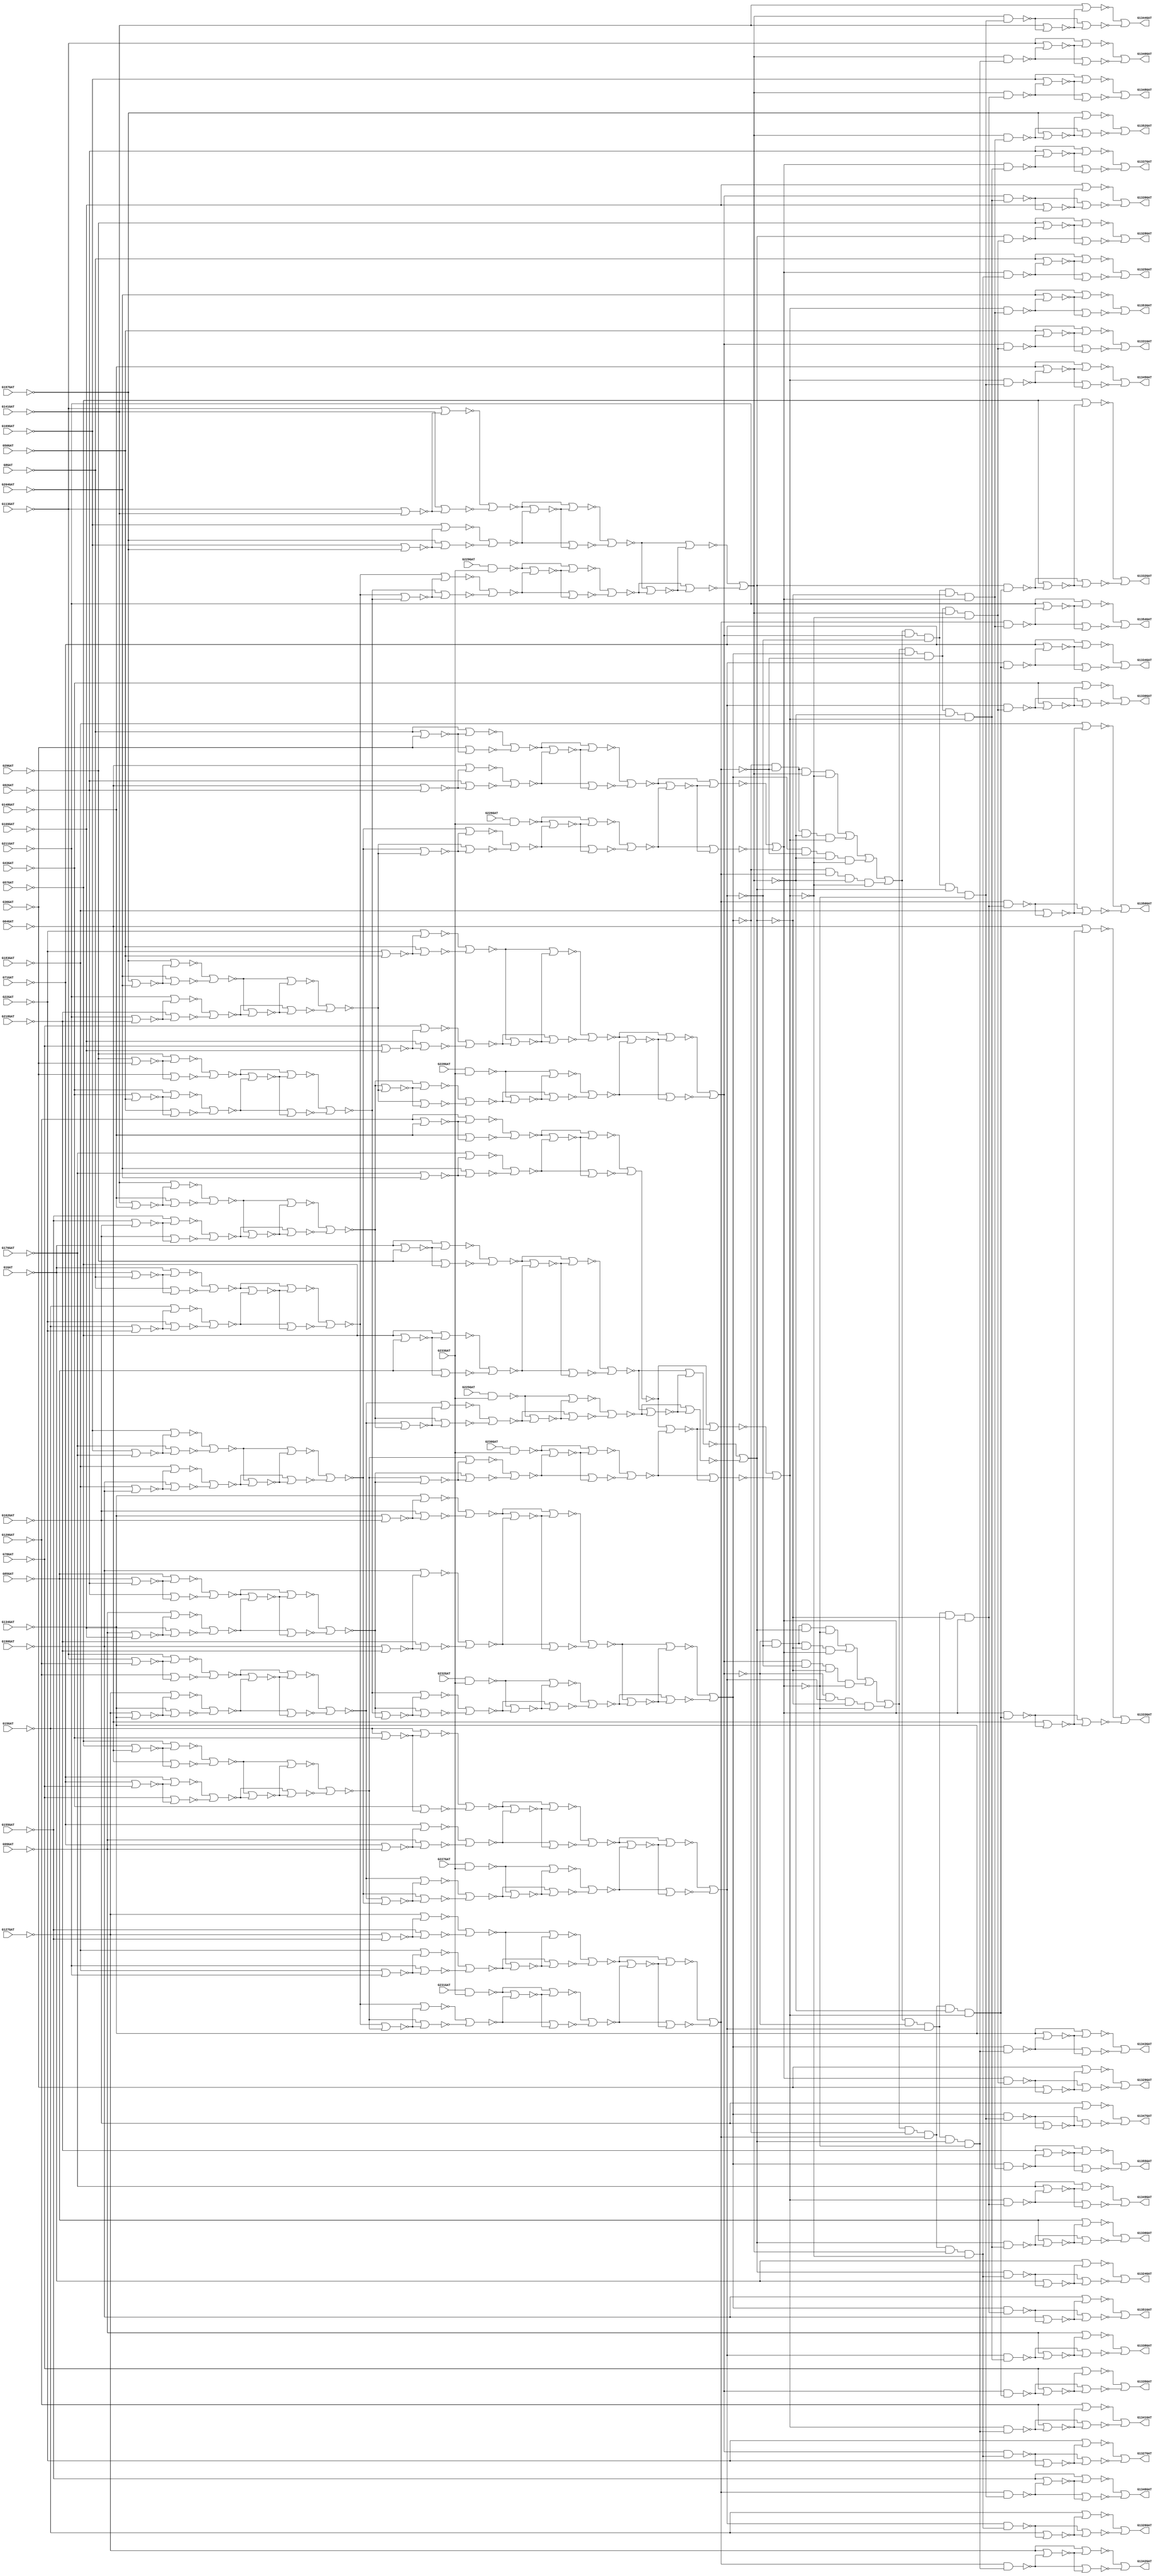
// Benchmark "c1355" written by ABC on Thu Mar  5 01:05:54 2020

module c1355 ( 
    G1GAT, G8GAT, G15GAT, G22GAT, G29GAT, G36GAT, G43GAT, G50GAT, G57GAT,
    G64GAT, G71GAT, G78GAT, G85GAT, G92GAT, G99GAT, G106GAT, G113GAT,
    G120GAT, G127GAT, G134GAT, G141GAT, G148GAT, G155GAT, G162GAT, G169GAT,
    G176GAT, G183GAT, G190GAT, G197GAT, G204GAT, G211GAT, G218GAT, G225GAT,
    G226GAT, G227GAT, G228GAT, G229GAT, G230GAT, G231GAT, G232GAT, G233GAT,
    G1324GAT, G1325GAT, G1326GAT, G1327GAT, G1328GAT, G1329GAT, G1330GAT,
    G1331GAT, G1332GAT, G1333GAT, G1334GAT, G1335GAT, G1336GAT, G1337GAT,
    G1338GAT, G1339GAT, G1340GAT, G1341GAT, G1342GAT, G1343GAT, G1344GAT,
    G1345GAT, G1346GAT, G1347GAT, G1348GAT, G1349GAT, G1350GAT, G1351GAT,
    G1352GAT, G1353GAT, G1354GAT, G1355GAT  );
  input  G1GAT, G8GAT, G15GAT, G22GAT, G29GAT, G36GAT, G43GAT, G50GAT,
    G57GAT, G64GAT, G71GAT, G78GAT, G85GAT, G92GAT, G99GAT, G106GAT,
    G113GAT, G120GAT, G127GAT, G134GAT, G141GAT, G148GAT, G155GAT, G162GAT,
    G169GAT, G176GAT, G183GAT, G190GAT, G197GAT, G204GAT, G211GAT, G218GAT,
    G225GAT, G226GAT, G227GAT, G228GAT, G229GAT, G230GAT, G231GAT, G232GAT,
    G233GAT;
  output G1324GAT, G1325GAT, G1326GAT, G1327GAT, G1328GAT, G1329GAT, G1330GAT,
    G1331GAT, G1332GAT, G1333GAT, G1334GAT, G1335GAT, G1336GAT, G1337GAT,
    G1338GAT, G1339GAT, G1340GAT, G1341GAT, G1342GAT, G1343GAT, G1344GAT,
    G1345GAT, G1346GAT, G1347GAT, G1348GAT, G1349GAT, G1350GAT, G1351GAT,
    G1352GAT, G1353GAT, G1354GAT, G1355GAT;
  wire G242GAT, G245GAT, G248GAT, G251GAT, G254GAT, G257GAT, G260GAT,
    G263GAT, G266GAT, G269GAT, G272GAT, G275GAT, G278GAT, G281GAT, G284GAT,
    G287GAT, G290GAT, G293GAT, G296GAT, G299GAT, G302GAT, G305GAT, G308GAT,
    G311GAT, G314GAT, G317GAT, G320GAT, G323GAT, G326GAT, G329GAT, G332GAT,
    G335GAT, G338GAT, G341GAT, G344GAT, G347GAT, G350GAT, G353GAT, G356GAT,
    G359GAT, G362GAT, G363GAT, G364GAT, G365GAT, G366GAT, G367GAT, G368GAT,
    G369GAT, G370GAT, G371GAT, G372GAT, G373GAT, G374GAT, G375GAT, G376GAT,
    G377GAT, G378GAT, G379GAT, G380GAT, G381GAT, G382GAT, G383GAT, G384GAT,
    G385GAT, G386GAT, G387GAT, G388GAT, G389GAT, G390GAT, G391GAT, G392GAT,
    G393GAT, G394GAT, G395GAT, G396GAT, G397GAT, G398GAT, G399GAT, G400GAT,
    G401GAT, G402GAT, G403GAT, G404GAT, G405GAT, G406GAT, G407GAT, G408GAT,
    G409GAT, G410GAT, G411GAT, G412GAT, G413GAT, G414GAT, G415GAT, G416GAT,
    G417GAT, G418GAT, G419GAT, G420GAT, G421GAT, G422GAT, G423GAT, G424GAT,
    G425GAT, G426GAT, G429GAT, G432GAT, G435GAT, G438GAT, G441GAT, G444GAT,
    G447GAT, G450GAT, G453GAT, G456GAT, G459GAT, G462GAT, G465GAT, G468GAT,
    G471GAT, G474GAT, G477GAT, G480GAT, G483GAT, G486GAT, G489GAT, G492GAT,
    G495GAT, G498GAT, G501GAT, G504GAT, G507GAT, G510GAT, G513GAT, G516GAT,
    G519GAT, G522GAT, G525GAT, G528GAT, G531GAT, G534GAT, G537GAT, G540GAT,
    G543GAT, G546GAT, G549GAT, G552GAT, G555GAT, G558GAT, G561GAT, G564GAT,
    G567GAT, G570GAT, G571GAT, G572GAT, G573GAT, G574GAT, G575GAT, G576GAT,
    G577GAT, G578GAT, G579GAT, G580GAT, G581GAT, G582GAT, G583GAT, G584GAT,
    G585GAT, G586GAT, G587GAT, G588GAT, G589GAT, G590GAT, G591GAT, G592GAT,
    G593GAT, G594GAT, G595GAT, G596GAT, G597GAT, G598GAT, G599GAT, G600GAT,
    G601GAT, G602GAT, G607GAT, G612GAT, G617GAT, G622GAT, G627GAT, G632GAT,
    G637GAT, G642GAT, G645GAT, G648GAT, G651GAT, G654GAT, G657GAT, G660GAT,
    G663GAT, G666GAT, G669GAT, G672GAT, G675GAT, G678GAT, G681GAT, G684GAT,
    G687GAT, G690GAT, G691GAT, G692GAT, G693GAT, G694GAT, G695GAT, G696GAT,
    G697GAT, G698GAT, G699GAT, G700GAT, G701GAT, G702GAT, G703GAT, G704GAT,
    G705GAT, G706GAT, G709GAT, G712GAT, G715GAT, G718GAT, G721GAT, G724GAT,
    G727GAT, G730GAT, G733GAT, G736GAT, G739GAT, G742GAT, G745GAT, G748GAT,
    G751GAT, G754GAT, G755GAT, G756GAT, G757GAT, G758GAT, G759GAT, G760GAT,
    G761GAT, G762GAT, G763GAT, G764GAT, G765GAT, G766GAT, G767GAT, G768GAT,
    G769GAT, G770GAT, G773GAT, G776GAT, G779GAT, G782GAT, G785GAT, G788GAT,
    G791GAT, G794GAT, G797GAT, G800GAT, G803GAT, G806GAT, G809GAT, G812GAT,
    G815GAT, G818GAT, G819GAT, G820GAT, G821GAT, G822GAT, G823GAT, G824GAT,
    G825GAT, G826GAT, G827GAT, G828GAT, G829GAT, G830GAT, G831GAT, G832GAT,
    G833GAT, G834GAT, G847GAT, G860GAT, G873GAT, G886GAT, G899GAT, G912GAT,
    G925GAT, G938GAT, G939GAT, G940GAT, G941GAT, G942GAT, G943GAT, G944GAT,
    G945GAT, G946GAT, G947GAT, G948GAT, G949GAT, G950GAT, G951GAT, G952GAT,
    G953GAT, G954GAT, G955GAT, G956GAT, G957GAT, G958GAT, G959GAT, G960GAT,
    G961GAT, G962GAT, G963GAT, G964GAT, G965GAT, G966GAT, G967GAT, G968GAT,
    G969GAT, G970GAT, G971GAT, G972GAT, G973GAT, G974GAT, G975GAT, G976GAT,
    G977GAT, G978GAT, G979GAT, G980GAT, G981GAT, G982GAT, G983GAT, G984GAT,
    G985GAT, G986GAT, G991GAT, G996GAT, G1001GAT, G1006GAT, G1011GAT,
    G1016GAT, G1021GAT, G1026GAT, G1031GAT, G1036GAT, G1039GAT, G1042GAT,
    G1045GAT, G1048GAT, G1051GAT, G1054GAT, G1057GAT, G1060GAT, G1063GAT,
    G1066GAT, G1069GAT, G1072GAT, G1075GAT, G1078GAT, G1081GAT, G1084GAT,
    G1087GAT, G1090GAT, G1093GAT, G1096GAT, G1099GAT, G1102GAT, G1105GAT,
    G1108GAT, G1111GAT, G1114GAT, G1117GAT, G1120GAT, G1123GAT, G1126GAT,
    G1129GAT, G1132GAT, G1135GAT, G1138GAT, G1141GAT, G1144GAT, G1147GAT,
    G1150GAT, G1153GAT, G1156GAT, G1159GAT, G1162GAT, G1165GAT, G1168GAT,
    G1171GAT, G1174GAT, G1177GAT, G1180GAT, G1183GAT, G1186GAT, G1189GAT,
    G1192GAT, G1195GAT, G1198GAT, G1201GAT, G1204GAT, G1207GAT, G1210GAT,
    G1213GAT, G1216GAT, G1219GAT, G1222GAT, G1225GAT, G1228GAT, G1229GAT,
    G1230GAT, G1231GAT, G1232GAT, G1233GAT, G1234GAT, G1235GAT, G1236GAT,
    G1237GAT, G1238GAT, G1239GAT, G1240GAT, G1241GAT, G1242GAT, G1243GAT,
    G1244GAT, G1245GAT, G1246GAT, G1247GAT, G1248GAT, G1249GAT, G1250GAT,
    G1251GAT, G1252GAT, G1253GAT, G1254GAT, G1255GAT, G1256GAT, G1257GAT,
    G1258GAT, G1259GAT, G1260GAT, G1261GAT, G1262GAT, G1263GAT, G1264GAT,
    G1265GAT, G1266GAT, G1267GAT, G1268GAT, G1269GAT, G1270GAT, G1271GAT,
    G1272GAT, G1273GAT, G1274GAT, G1275GAT, G1276GAT, G1277GAT, G1278GAT,
    G1279GAT, G1280GAT, G1281GAT, G1282GAT, G1283GAT, G1284GAT, G1285GAT,
    G1286GAT, G1287GAT, G1288GAT, G1289GAT, G1290GAT, G1291GAT, G1292GAT,
    G1293GAT, G1294GAT, G1295GAT, G1296GAT, G1297GAT, G1298GAT, G1299GAT,
    G1300GAT, G1301GAT, G1302GAT, G1303GAT, G1304GAT, G1305GAT, G1306GAT,
    G1307GAT, G1308GAT, G1309GAT, G1310GAT, G1311GAT, G1312GAT, G1313GAT,
    G1314GAT, G1315GAT, G1316GAT, G1317GAT, G1318GAT, G1319GAT, G1320GAT,
    G1321GAT, G1322GAT, G1323GAT;
  assign G242GAT = G225GAT & G233GAT;
  assign G245GAT = G226GAT & G233GAT;
  assign G248GAT = G227GAT & G233GAT;
  assign G251GAT = G228GAT & G233GAT;
  assign G254GAT = G229GAT & G233GAT;
  assign G257GAT = G230GAT & G233GAT;
  assign G260GAT = G231GAT & G233GAT;
  assign G263GAT = G232GAT & G233GAT;
  assign G266GAT = ~G1GAT | ~G8GAT;
  assign G269GAT = ~G15GAT | ~G22GAT;
  assign G272GAT = ~G29GAT | ~G36GAT;
  assign G275GAT = ~G43GAT | ~G50GAT;
  assign G278GAT = ~G57GAT | ~G64GAT;
  assign G281GAT = ~G71GAT | ~G78GAT;
  assign G284GAT = ~G85GAT | ~G92GAT;
  assign G287GAT = ~G99GAT | ~G106GAT;
  assign G290GAT = ~G113GAT | ~G120GAT;
  assign G293GAT = ~G127GAT | ~G134GAT;
  assign G296GAT = ~G141GAT | ~G148GAT;
  assign G299GAT = ~G155GAT | ~G162GAT;
  assign G302GAT = ~G169GAT | ~G176GAT;
  assign G305GAT = ~G183GAT | ~G190GAT;
  assign G308GAT = ~G197GAT | ~G204GAT;
  assign G311GAT = ~G211GAT | ~G218GAT;
  assign G314GAT = ~G1GAT | ~G29GAT;
  assign G317GAT = ~G57GAT | ~G85GAT;
  assign G320GAT = ~G8GAT | ~G36GAT;
  assign G323GAT = ~G64GAT | ~G92GAT;
  assign G326GAT = ~G15GAT | ~G43GAT;
  assign G329GAT = ~G71GAT | ~G99GAT;
  assign G332GAT = ~G22GAT | ~G50GAT;
  assign G335GAT = ~G78GAT | ~G106GAT;
  assign G338GAT = ~G113GAT | ~G141GAT;
  assign G341GAT = ~G169GAT | ~G197GAT;
  assign G344GAT = ~G120GAT | ~G148GAT;
  assign G347GAT = ~G176GAT | ~G204GAT;
  assign G350GAT = ~G127GAT | ~G155GAT;
  assign G353GAT = ~G183GAT | ~G211GAT;
  assign G356GAT = ~G134GAT | ~G162GAT;
  assign G359GAT = ~G190GAT | ~G218GAT;
  assign G362GAT = ~G1GAT | ~G266GAT;
  assign G363GAT = ~G8GAT | ~G266GAT;
  assign G364GAT = ~G15GAT | ~G269GAT;
  assign G365GAT = ~G22GAT | ~G269GAT;
  assign G366GAT = ~G29GAT | ~G272GAT;
  assign G367GAT = ~G36GAT | ~G272GAT;
  assign G368GAT = ~G43GAT | ~G275GAT;
  assign G369GAT = ~G50GAT | ~G275GAT;
  assign G370GAT = ~G57GAT | ~G278GAT;
  assign G371GAT = ~G64GAT | ~G278GAT;
  assign G372GAT = ~G71GAT | ~G281GAT;
  assign G373GAT = ~G78GAT | ~G281GAT;
  assign G374GAT = ~G85GAT | ~G284GAT;
  assign G375GAT = ~G92GAT | ~G284GAT;
  assign G376GAT = ~G99GAT | ~G287GAT;
  assign G377GAT = ~G106GAT | ~G287GAT;
  assign G378GAT = ~G113GAT | ~G290GAT;
  assign G379GAT = ~G120GAT | ~G290GAT;
  assign G380GAT = ~G127GAT | ~G293GAT;
  assign G381GAT = ~G134GAT | ~G293GAT;
  assign G382GAT = ~G141GAT | ~G296GAT;
  assign G383GAT = ~G148GAT | ~G296GAT;
  assign G384GAT = ~G155GAT | ~G299GAT;
  assign G385GAT = ~G162GAT | ~G299GAT;
  assign G386GAT = ~G169GAT | ~G302GAT;
  assign G387GAT = ~G176GAT | ~G302GAT;
  assign G388GAT = ~G183GAT | ~G305GAT;
  assign G389GAT = ~G190GAT | ~G305GAT;
  assign G390GAT = ~G197GAT | ~G308GAT;
  assign G391GAT = ~G204GAT | ~G308GAT;
  assign G392GAT = ~G211GAT | ~G311GAT;
  assign G393GAT = ~G218GAT | ~G311GAT;
  assign G394GAT = ~G1GAT | ~G314GAT;
  assign G395GAT = ~G29GAT | ~G314GAT;
  assign G396GAT = ~G57GAT | ~G317GAT;
  assign G397GAT = ~G85GAT | ~G317GAT;
  assign G398GAT = ~G8GAT | ~G320GAT;
  assign G399GAT = ~G36GAT | ~G320GAT;
  assign G400GAT = ~G64GAT | ~G323GAT;
  assign G401GAT = ~G92GAT | ~G323GAT;
  assign G402GAT = ~G15GAT | ~G326GAT;
  assign G403GAT = ~G43GAT | ~G326GAT;
  assign G404GAT = ~G71GAT | ~G329GAT;
  assign G405GAT = ~G99GAT | ~G329GAT;
  assign G406GAT = ~G22GAT | ~G332GAT;
  assign G407GAT = ~G50GAT | ~G332GAT;
  assign G408GAT = ~G78GAT | ~G335GAT;
  assign G409GAT = ~G106GAT | ~G335GAT;
  assign G410GAT = ~G113GAT | ~G338GAT;
  assign G411GAT = ~G141GAT | ~G338GAT;
  assign G412GAT = ~G169GAT | ~G341GAT;
  assign G413GAT = ~G197GAT | ~G341GAT;
  assign G414GAT = ~G120GAT | ~G344GAT;
  assign G415GAT = ~G148GAT | ~G344GAT;
  assign G416GAT = ~G176GAT | ~G347GAT;
  assign G417GAT = ~G204GAT | ~G347GAT;
  assign G418GAT = ~G127GAT | ~G350GAT;
  assign G419GAT = ~G155GAT | ~G350GAT;
  assign G420GAT = ~G183GAT | ~G353GAT;
  assign G421GAT = ~G211GAT | ~G353GAT;
  assign G422GAT = ~G134GAT | ~G356GAT;
  assign G423GAT = ~G162GAT | ~G356GAT;
  assign G424GAT = ~G190GAT | ~G359GAT;
  assign G425GAT = ~G218GAT | ~G359GAT;
  assign G426GAT = ~G362GAT | ~G363GAT;
  assign G429GAT = ~G364GAT | ~G365GAT;
  assign G432GAT = ~G366GAT | ~G367GAT;
  assign G435GAT = ~G368GAT | ~G369GAT;
  assign G438GAT = ~G370GAT | ~G371GAT;
  assign G441GAT = ~G372GAT | ~G373GAT;
  assign G444GAT = ~G374GAT | ~G375GAT;
  assign G447GAT = ~G376GAT | ~G377GAT;
  assign G450GAT = ~G378GAT | ~G379GAT;
  assign G453GAT = ~G380GAT | ~G381GAT;
  assign G456GAT = ~G382GAT | ~G383GAT;
  assign G459GAT = ~G384GAT | ~G385GAT;
  assign G462GAT = ~G386GAT | ~G387GAT;
  assign G465GAT = ~G388GAT | ~G389GAT;
  assign G468GAT = ~G390GAT | ~G391GAT;
  assign G471GAT = ~G392GAT | ~G393GAT;
  assign G474GAT = ~G394GAT | ~G395GAT;
  assign G477GAT = ~G396GAT | ~G397GAT;
  assign G480GAT = ~G398GAT | ~G399GAT;
  assign G483GAT = ~G400GAT | ~G401GAT;
  assign G486GAT = ~G402GAT | ~G403GAT;
  assign G489GAT = ~G404GAT | ~G405GAT;
  assign G492GAT = ~G406GAT | ~G407GAT;
  assign G495GAT = ~G408GAT | ~G409GAT;
  assign G498GAT = ~G410GAT | ~G411GAT;
  assign G501GAT = ~G412GAT | ~G413GAT;
  assign G504GAT = ~G414GAT | ~G415GAT;
  assign G507GAT = ~G416GAT | ~G417GAT;
  assign G510GAT = ~G418GAT | ~G419GAT;
  assign G513GAT = ~G420GAT | ~G421GAT;
  assign G516GAT = ~G422GAT | ~G423GAT;
  assign G519GAT = ~G424GAT | ~G425GAT;
  assign G522GAT = ~G426GAT | ~G429GAT;
  assign G525GAT = ~G432GAT | ~G435GAT;
  assign G528GAT = ~G438GAT | ~G441GAT;
  assign G531GAT = ~G444GAT | ~G447GAT;
  assign G534GAT = ~G450GAT | ~G453GAT;
  assign G537GAT = ~G456GAT | ~G459GAT;
  assign G540GAT = ~G462GAT | ~G465GAT;
  assign G543GAT = ~G468GAT | ~G471GAT;
  assign G546GAT = ~G474GAT | ~G477GAT;
  assign G549GAT = ~G480GAT | ~G483GAT;
  assign G552GAT = ~G486GAT | ~G489GAT;
  assign G555GAT = ~G492GAT | ~G495GAT;
  assign G558GAT = ~G498GAT | ~G501GAT;
  assign G561GAT = ~G504GAT | ~G507GAT;
  assign G564GAT = ~G510GAT | ~G513GAT;
  assign G567GAT = ~G516GAT | ~G519GAT;
  assign G570GAT = ~G426GAT | ~G522GAT;
  assign G571GAT = ~G429GAT | ~G522GAT;
  assign G572GAT = ~G432GAT | ~G525GAT;
  assign G573GAT = ~G435GAT | ~G525GAT;
  assign G574GAT = ~G438GAT | ~G528GAT;
  assign G575GAT = ~G441GAT | ~G528GAT;
  assign G576GAT = ~G444GAT | ~G531GAT;
  assign G577GAT = ~G447GAT | ~G531GAT;
  assign G578GAT = ~G450GAT | ~G534GAT;
  assign G579GAT = ~G453GAT | ~G534GAT;
  assign G580GAT = ~G456GAT | ~G537GAT;
  assign G581GAT = ~G459GAT | ~G537GAT;
  assign G582GAT = ~G462GAT | ~G540GAT;
  assign G583GAT = ~G465GAT | ~G540GAT;
  assign G584GAT = ~G468GAT | ~G543GAT;
  assign G585GAT = ~G471GAT | ~G543GAT;
  assign G586GAT = ~G474GAT | ~G546GAT;
  assign G587GAT = ~G477GAT | ~G546GAT;
  assign G588GAT = ~G480GAT | ~G549GAT;
  assign G589GAT = ~G483GAT | ~G549GAT;
  assign G590GAT = ~G486GAT | ~G552GAT;
  assign G591GAT = ~G489GAT | ~G552GAT;
  assign G592GAT = ~G492GAT | ~G555GAT;
  assign G593GAT = ~G495GAT | ~G555GAT;
  assign G594GAT = ~G498GAT | ~G558GAT;
  assign G595GAT = ~G501GAT | ~G558GAT;
  assign G596GAT = ~G504GAT | ~G561GAT;
  assign G597GAT = ~G507GAT | ~G561GAT;
  assign G598GAT = ~G510GAT | ~G564GAT;
  assign G599GAT = ~G513GAT | ~G564GAT;
  assign G600GAT = ~G516GAT | ~G567GAT;
  assign G601GAT = ~G519GAT | ~G567GAT;
  assign G602GAT = ~G570GAT | ~G571GAT;
  assign G607GAT = ~G572GAT | ~G573GAT;
  assign G612GAT = ~G574GAT | ~G575GAT;
  assign G617GAT = ~G576GAT | ~G577GAT;
  assign G622GAT = ~G578GAT | ~G579GAT;
  assign G627GAT = ~G580GAT | ~G581GAT;
  assign G632GAT = ~G582GAT | ~G583GAT;
  assign G637GAT = ~G584GAT | ~G585GAT;
  assign G642GAT = ~G586GAT | ~G587GAT;
  assign G645GAT = ~G588GAT | ~G589GAT;
  assign G648GAT = ~G590GAT | ~G591GAT;
  assign G651GAT = ~G592GAT | ~G593GAT;
  assign G654GAT = ~G594GAT | ~G595GAT;
  assign G657GAT = ~G596GAT | ~G597GAT;
  assign G660GAT = ~G598GAT | ~G599GAT;
  assign G663GAT = ~G600GAT | ~G601GAT;
  assign G666GAT = ~G602GAT | ~G607GAT;
  assign G669GAT = ~G612GAT | ~G617GAT;
  assign G672GAT = ~G602GAT | ~G612GAT;
  assign G675GAT = ~G607GAT | ~G617GAT;
  assign G678GAT = ~G622GAT | ~G627GAT;
  assign G681GAT = ~G632GAT | ~G637GAT;
  assign G684GAT = ~G622GAT | ~G632GAT;
  assign G687GAT = ~G627GAT | ~G637GAT;
  assign G690GAT = ~G602GAT | ~G666GAT;
  assign G691GAT = ~G607GAT | ~G666GAT;
  assign G692GAT = ~G612GAT | ~G669GAT;
  assign G693GAT = ~G617GAT | ~G669GAT;
  assign G694GAT = ~G602GAT | ~G672GAT;
  assign G695GAT = ~G612GAT | ~G672GAT;
  assign G696GAT = ~G607GAT | ~G675GAT;
  assign G697GAT = ~G617GAT | ~G675GAT;
  assign G698GAT = ~G622GAT | ~G678GAT;
  assign G699GAT = ~G627GAT | ~G678GAT;
  assign G700GAT = ~G632GAT | ~G681GAT;
  assign G701GAT = ~G637GAT | ~G681GAT;
  assign G702GAT = ~G622GAT | ~G684GAT;
  assign G703GAT = ~G632GAT | ~G684GAT;
  assign G704GAT = ~G627GAT | ~G687GAT;
  assign G705GAT = ~G637GAT | ~G687GAT;
  assign G706GAT = ~G690GAT | ~G691GAT;
  assign G709GAT = ~G692GAT | ~G693GAT;
  assign G712GAT = ~G694GAT | ~G695GAT;
  assign G715GAT = ~G696GAT | ~G697GAT;
  assign G718GAT = ~G698GAT | ~G699GAT;
  assign G721GAT = ~G700GAT | ~G701GAT;
  assign G724GAT = ~G702GAT | ~G703GAT;
  assign G727GAT = ~G704GAT | ~G705GAT;
  assign G730GAT = ~G242GAT | ~G718GAT;
  assign G733GAT = ~G245GAT | ~G721GAT;
  assign G736GAT = ~G248GAT | ~G724GAT;
  assign G739GAT = ~G251GAT | ~G727GAT;
  assign G742GAT = ~G254GAT | ~G706GAT;
  assign G745GAT = ~G257GAT | ~G709GAT;
  assign G748GAT = ~G260GAT | ~G712GAT;
  assign G751GAT = ~G263GAT | ~G715GAT;
  assign G754GAT = ~G242GAT | ~G730GAT;
  assign G755GAT = ~G718GAT | ~G730GAT;
  assign G756GAT = ~G245GAT | ~G733GAT;
  assign G757GAT = ~G721GAT | ~G733GAT;
  assign G758GAT = ~G248GAT | ~G736GAT;
  assign G759GAT = ~G724GAT | ~G736GAT;
  assign G760GAT = ~G251GAT | ~G739GAT;
  assign G761GAT = ~G727GAT | ~G739GAT;
  assign G762GAT = ~G254GAT | ~G742GAT;
  assign G763GAT = ~G706GAT | ~G742GAT;
  assign G764GAT = ~G257GAT | ~G745GAT;
  assign G765GAT = ~G709GAT | ~G745GAT;
  assign G766GAT = ~G260GAT | ~G748GAT;
  assign G767GAT = ~G712GAT | ~G748GAT;
  assign G768GAT = ~G263GAT | ~G751GAT;
  assign G769GAT = ~G715GAT | ~G751GAT;
  assign G770GAT = ~G754GAT | ~G755GAT;
  assign G773GAT = ~G756GAT | ~G757GAT;
  assign G776GAT = ~G758GAT | ~G759GAT;
  assign G779GAT = ~G760GAT | ~G761GAT;
  assign G782GAT = ~G762GAT | ~G763GAT;
  assign G785GAT = ~G764GAT | ~G765GAT;
  assign G788GAT = ~G766GAT | ~G767GAT;
  assign G791GAT = ~G768GAT | ~G769GAT;
  assign G794GAT = ~G642GAT | ~G770GAT;
  assign G797GAT = ~G645GAT | ~G773GAT;
  assign G800GAT = ~G648GAT | ~G776GAT;
  assign G803GAT = ~G651GAT | ~G779GAT;
  assign G806GAT = ~G654GAT | ~G782GAT;
  assign G809GAT = ~G657GAT | ~G785GAT;
  assign G812GAT = ~G660GAT | ~G788GAT;
  assign G815GAT = ~G663GAT | ~G791GAT;
  assign G818GAT = ~G642GAT | ~G794GAT;
  assign G819GAT = ~G770GAT | ~G794GAT;
  assign G820GAT = ~G645GAT | ~G797GAT;
  assign G821GAT = ~G773GAT | ~G797GAT;
  assign G822GAT = ~G648GAT | ~G800GAT;
  assign G823GAT = ~G776GAT | ~G800GAT;
  assign G824GAT = ~G651GAT | ~G803GAT;
  assign G825GAT = ~G779GAT | ~G803GAT;
  assign G826GAT = ~G654GAT | ~G806GAT;
  assign G827GAT = ~G782GAT | ~G806GAT;
  assign G828GAT = ~G657GAT | ~G809GAT;
  assign G829GAT = ~G785GAT | ~G809GAT;
  assign G830GAT = ~G660GAT | ~G812GAT;
  assign G831GAT = ~G788GAT | ~G812GAT;
  assign G832GAT = ~G663GAT | ~G815GAT;
  assign G833GAT = ~G791GAT | ~G815GAT;
  assign G834GAT = ~G818GAT | ~G819GAT;
  assign G847GAT = ~G820GAT | ~G821GAT;
  assign G860GAT = ~G822GAT | ~G823GAT;
  assign G873GAT = ~G824GAT | ~G825GAT;
  assign G886GAT = ~G828GAT | ~G829GAT;
  assign G899GAT = ~G832GAT | ~G833GAT;
  assign G912GAT = ~G830GAT | ~G831GAT;
  assign G925GAT = ~G826GAT | ~G827GAT;
  assign G938GAT = ~G834GAT;
  assign G939GAT = ~G847GAT;
  assign G940GAT = ~G860GAT;
  assign G941GAT = ~G834GAT;
  assign G942GAT = ~G847GAT;
  assign G943GAT = ~G873GAT;
  assign G944GAT = ~G834GAT;
  assign G945GAT = ~G860GAT;
  assign G946GAT = ~G873GAT;
  assign G947GAT = ~G847GAT;
  assign G948GAT = ~G860GAT;
  assign G949GAT = ~G873GAT;
  assign G950GAT = ~G886GAT;
  assign G951GAT = ~G899GAT;
  assign G952GAT = ~G886GAT;
  assign G953GAT = ~G912GAT;
  assign G954GAT = ~G925GAT;
  assign G955GAT = ~G899GAT;
  assign G956GAT = ~G925GAT;
  assign G957GAT = ~G912GAT;
  assign G958GAT = ~G925GAT;
  assign G959GAT = ~G886GAT;
  assign G960GAT = ~G912GAT;
  assign G961GAT = ~G925GAT;
  assign G962GAT = ~G886GAT;
  assign G963GAT = ~G899GAT;
  assign G964GAT = ~G925GAT;
  assign G965GAT = ~G912GAT;
  assign G966GAT = ~G899GAT;
  assign G967GAT = ~G886GAT;
  assign G968GAT = ~G912GAT;
  assign G969GAT = ~G899GAT;
  assign G970GAT = ~G847GAT;
  assign G971GAT = ~G873GAT;
  assign G972GAT = ~G847GAT;
  assign G973GAT = ~G860GAT;
  assign G974GAT = ~G834GAT;
  assign G975GAT = ~G873GAT;
  assign G976GAT = ~G834GAT;
  assign G977GAT = ~G860GAT;
  assign G978GAT = G873GAT & G940GAT & G938GAT & G939GAT;
  assign G979GAT = G943GAT & G860GAT & G941GAT & G942GAT;
  assign G980GAT = G946GAT & G945GAT & G944GAT & G847GAT;
  assign G981GAT = G949GAT & G948GAT & G834GAT & G947GAT;
  assign G982GAT = G899GAT & G960GAT & G958GAT & G959GAT;
  assign G983GAT = G963GAT & G912GAT & G961GAT & G962GAT;
  assign G984GAT = G966GAT & G965GAT & G964GAT & G886GAT;
  assign G985GAT = G969GAT & G968GAT & G925GAT & G967GAT;
  assign G986GAT = G981GAT | G980GAT | G978GAT | G979GAT;
  assign G991GAT = G985GAT | G984GAT | G982GAT | G983GAT;
  assign G996GAT = G986GAT & G951GAT & G912GAT & G925GAT & G950GAT;
  assign G1001GAT = G986GAT & G899GAT & G953GAT & G925GAT & G952GAT;
  assign G1006GAT = G986GAT & G955GAT & G912GAT & G954GAT & G886GAT;
  assign G1011GAT = G986GAT & G899GAT & G957GAT & G956GAT & G886GAT;
  assign G1016GAT = G991GAT & G971GAT & G860GAT & G834GAT & G970GAT;
  assign G1021GAT = G991GAT & G873GAT & G973GAT & G834GAT & G972GAT;
  assign G1026GAT = G991GAT & G975GAT & G860GAT & G974GAT & G847GAT;
  assign G1031GAT = G991GAT & G873GAT & G977GAT & G976GAT & G847GAT;
  assign G1036GAT = G834GAT & G996GAT;
  assign G1039GAT = G847GAT & G996GAT;
  assign G1042GAT = G860GAT & G996GAT;
  assign G1045GAT = G873GAT & G996GAT;
  assign G1048GAT = G834GAT & G1001GAT;
  assign G1051GAT = G847GAT & G1001GAT;
  assign G1054GAT = G860GAT & G1001GAT;
  assign G1057GAT = G873GAT & G1001GAT;
  assign G1060GAT = G834GAT & G1006GAT;
  assign G1063GAT = G847GAT & G1006GAT;
  assign G1066GAT = G860GAT & G1006GAT;
  assign G1069GAT = G873GAT & G1006GAT;
  assign G1072GAT = G834GAT & G1011GAT;
  assign G1075GAT = G847GAT & G1011GAT;
  assign G1078GAT = G860GAT & G1011GAT;
  assign G1081GAT = G873GAT & G1011GAT;
  assign G1084GAT = G925GAT & G1016GAT;
  assign G1087GAT = G886GAT & G1016GAT;
  assign G1090GAT = G912GAT & G1016GAT;
  assign G1093GAT = G899GAT & G1016GAT;
  assign G1096GAT = G925GAT & G1021GAT;
  assign G1099GAT = G886GAT & G1021GAT;
  assign G1102GAT = G912GAT & G1021GAT;
  assign G1105GAT = G899GAT & G1021GAT;
  assign G1108GAT = G925GAT & G1026GAT;
  assign G1111GAT = G886GAT & G1026GAT;
  assign G1114GAT = G912GAT & G1026GAT;
  assign G1117GAT = G899GAT & G1026GAT;
  assign G1120GAT = G925GAT & G1031GAT;
  assign G1123GAT = G886GAT & G1031GAT;
  assign G1126GAT = G912GAT & G1031GAT;
  assign G1129GAT = G899GAT & G1031GAT;
  assign G1132GAT = ~G1GAT | ~G1036GAT;
  assign G1135GAT = ~G8GAT | ~G1039GAT;
  assign G1138GAT = ~G15GAT | ~G1042GAT;
  assign G1141GAT = ~G22GAT | ~G1045GAT;
  assign G1144GAT = ~G29GAT | ~G1048GAT;
  assign G1147GAT = ~G36GAT | ~G1051GAT;
  assign G1150GAT = ~G43GAT | ~G1054GAT;
  assign G1153GAT = ~G50GAT | ~G1057GAT;
  assign G1156GAT = ~G57GAT | ~G1060GAT;
  assign G1159GAT = ~G64GAT | ~G1063GAT;
  assign G1162GAT = ~G71GAT | ~G1066GAT;
  assign G1165GAT = ~G78GAT | ~G1069GAT;
  assign G1168GAT = ~G85GAT | ~G1072GAT;
  assign G1171GAT = ~G92GAT | ~G1075GAT;
  assign G1174GAT = ~G99GAT | ~G1078GAT;
  assign G1177GAT = ~G106GAT | ~G1081GAT;
  assign G1180GAT = ~G113GAT | ~G1084GAT;
  assign G1183GAT = ~G120GAT | ~G1087GAT;
  assign G1186GAT = ~G127GAT | ~G1090GAT;
  assign G1189GAT = ~G134GAT | ~G1093GAT;
  assign G1192GAT = ~G141GAT | ~G1096GAT;
  assign G1195GAT = ~G148GAT | ~G1099GAT;
  assign G1198GAT = ~G155GAT | ~G1102GAT;
  assign G1201GAT = ~G162GAT | ~G1105GAT;
  assign G1204GAT = ~G169GAT | ~G1108GAT;
  assign G1207GAT = ~G176GAT | ~G1111GAT;
  assign G1210GAT = ~G183GAT | ~G1114GAT;
  assign G1213GAT = ~G190GAT | ~G1117GAT;
  assign G1216GAT = ~G197GAT | ~G1120GAT;
  assign G1219GAT = ~G204GAT | ~G1123GAT;
  assign G1222GAT = ~G211GAT | ~G1126GAT;
  assign G1225GAT = ~G218GAT | ~G1129GAT;
  assign G1228GAT = ~G1GAT | ~G1132GAT;
  assign G1229GAT = ~G1036GAT | ~G1132GAT;
  assign G1230GAT = ~G8GAT | ~G1135GAT;
  assign G1231GAT = ~G1039GAT | ~G1135GAT;
  assign G1232GAT = ~G15GAT | ~G1138GAT;
  assign G1233GAT = ~G1042GAT | ~G1138GAT;
  assign G1234GAT = ~G22GAT | ~G1141GAT;
  assign G1235GAT = ~G1045GAT | ~G1141GAT;
  assign G1236GAT = ~G29GAT | ~G1144GAT;
  assign G1237GAT = ~G1048GAT | ~G1144GAT;
  assign G1238GAT = ~G36GAT | ~G1147GAT;
  assign G1239GAT = ~G1051GAT | ~G1147GAT;
  assign G1240GAT = ~G43GAT | ~G1150GAT;
  assign G1241GAT = ~G1054GAT | ~G1150GAT;
  assign G1242GAT = ~G50GAT | ~G1153GAT;
  assign G1243GAT = ~G1057GAT | ~G1153GAT;
  assign G1244GAT = ~G57GAT | ~G1156GAT;
  assign G1245GAT = ~G1060GAT | ~G1156GAT;
  assign G1246GAT = ~G64GAT | ~G1159GAT;
  assign G1247GAT = ~G1063GAT | ~G1159GAT;
  assign G1248GAT = ~G71GAT | ~G1162GAT;
  assign G1249GAT = ~G1066GAT | ~G1162GAT;
  assign G1250GAT = ~G78GAT | ~G1165GAT;
  assign G1251GAT = ~G1069GAT | ~G1165GAT;
  assign G1252GAT = ~G85GAT | ~G1168GAT;
  assign G1253GAT = ~G1072GAT | ~G1168GAT;
  assign G1254GAT = ~G92GAT | ~G1171GAT;
  assign G1255GAT = ~G1075GAT | ~G1171GAT;
  assign G1256GAT = ~G99GAT | ~G1174GAT;
  assign G1257GAT = ~G1078GAT | ~G1174GAT;
  assign G1258GAT = ~G106GAT | ~G1177GAT;
  assign G1259GAT = ~G1081GAT | ~G1177GAT;
  assign G1260GAT = ~G113GAT | ~G1180GAT;
  assign G1261GAT = ~G1084GAT | ~G1180GAT;
  assign G1262GAT = ~G120GAT | ~G1183GAT;
  assign G1263GAT = ~G1087GAT | ~G1183GAT;
  assign G1264GAT = ~G127GAT | ~G1186GAT;
  assign G1265GAT = ~G1090GAT | ~G1186GAT;
  assign G1266GAT = ~G134GAT | ~G1189GAT;
  assign G1267GAT = ~G1093GAT | ~G1189GAT;
  assign G1268GAT = ~G141GAT | ~G1192GAT;
  assign G1269GAT = ~G1096GAT | ~G1192GAT;
  assign G1270GAT = ~G148GAT | ~G1195GAT;
  assign G1271GAT = ~G1099GAT | ~G1195GAT;
  assign G1272GAT = ~G155GAT | ~G1198GAT;
  assign G1273GAT = ~G1102GAT | ~G1198GAT;
  assign G1274GAT = ~G162GAT | ~G1201GAT;
  assign G1275GAT = ~G1105GAT | ~G1201GAT;
  assign G1276GAT = ~G169GAT | ~G1204GAT;
  assign G1277GAT = ~G1108GAT | ~G1204GAT;
  assign G1278GAT = ~G176GAT | ~G1207GAT;
  assign G1279GAT = ~G1111GAT | ~G1207GAT;
  assign G1280GAT = ~G183GAT | ~G1210GAT;
  assign G1281GAT = ~G1114GAT | ~G1210GAT;
  assign G1282GAT = ~G190GAT | ~G1213GAT;
  assign G1283GAT = ~G1117GAT | ~G1213GAT;
  assign G1284GAT = ~G197GAT | ~G1216GAT;
  assign G1285GAT = ~G1120GAT | ~G1216GAT;
  assign G1286GAT = ~G204GAT | ~G1219GAT;
  assign G1287GAT = ~G1123GAT | ~G1219GAT;
  assign G1288GAT = ~G211GAT | ~G1222GAT;
  assign G1289GAT = ~G1126GAT | ~G1222GAT;
  assign G1290GAT = ~G218GAT | ~G1225GAT;
  assign G1291GAT = ~G1129GAT | ~G1225GAT;
  assign G1292GAT = ~G1228GAT | ~G1229GAT;
  assign G1293GAT = ~G1230GAT | ~G1231GAT;
  assign G1294GAT = ~G1232GAT | ~G1233GAT;
  assign G1295GAT = ~G1234GAT | ~G1235GAT;
  assign G1296GAT = ~G1236GAT | ~G1237GAT;
  assign G1297GAT = ~G1238GAT | ~G1239GAT;
  assign G1298GAT = ~G1240GAT | ~G1241GAT;
  assign G1299GAT = ~G1242GAT | ~G1243GAT;
  assign G1300GAT = ~G1244GAT | ~G1245GAT;
  assign G1301GAT = ~G1246GAT | ~G1247GAT;
  assign G1302GAT = ~G1248GAT | ~G1249GAT;
  assign G1303GAT = ~G1250GAT | ~G1251GAT;
  assign G1304GAT = ~G1252GAT | ~G1253GAT;
  assign G1305GAT = ~G1254GAT | ~G1255GAT;
  assign G1306GAT = ~G1256GAT | ~G1257GAT;
  assign G1307GAT = ~G1258GAT | ~G1259GAT;
  assign G1308GAT = ~G1260GAT | ~G1261GAT;
  assign G1309GAT = ~G1262GAT | ~G1263GAT;
  assign G1310GAT = ~G1264GAT | ~G1265GAT;
  assign G1311GAT = ~G1266GAT | ~G1267GAT;
  assign G1312GAT = ~G1268GAT | ~G1269GAT;
  assign G1313GAT = ~G1270GAT | ~G1271GAT;
  assign G1314GAT = ~G1272GAT | ~G1273GAT;
  assign G1315GAT = ~G1274GAT | ~G1275GAT;
  assign G1316GAT = ~G1276GAT | ~G1277GAT;
  assign G1317GAT = ~G1278GAT | ~G1279GAT;
  assign G1318GAT = ~G1280GAT | ~G1281GAT;
  assign G1319GAT = ~G1282GAT | ~G1283GAT;
  assign G1320GAT = ~G1284GAT | ~G1285GAT;
  assign G1321GAT = ~G1286GAT | ~G1287GAT;
  assign G1322GAT = ~G1288GAT | ~G1289GAT;
  assign G1323GAT = ~G1290GAT | ~G1291GAT;
  assign G1324GAT = G1292GAT;
  assign G1325GAT = G1293GAT;
  assign G1326GAT = G1294GAT;
  assign G1327GAT = G1295GAT;
  assign G1328GAT = G1296GAT;
  assign G1329GAT = G1297GAT;
  assign G1330GAT = G1298GAT;
  assign G1331GAT = G1299GAT;
  assign G1332GAT = G1300GAT;
  assign G1333GAT = G1301GAT;
  assign G1334GAT = G1302GAT;
  assign G1335GAT = G1303GAT;
  assign G1336GAT = G1304GAT;
  assign G1337GAT = G1305GAT;
  assign G1338GAT = G1306GAT;
  assign G1339GAT = G1307GAT;
  assign G1340GAT = G1308GAT;
  assign G1341GAT = G1309GAT;
  assign G1342GAT = G1310GAT;
  assign G1343GAT = G1311GAT;
  assign G1344GAT = G1312GAT;
  assign G1345GAT = G1313GAT;
  assign G1346GAT = G1314GAT;
  assign G1347GAT = G1315GAT;
  assign G1348GAT = G1316GAT;
  assign G1349GAT = G1317GAT;
  assign G1350GAT = G1318GAT;
  assign G1351GAT = G1319GAT;
  assign G1352GAT = G1320GAT;
  assign G1353GAT = G1321GAT;
  assign G1354GAT = G1322GAT;
  assign G1355GAT = G1323GAT;
endmodule